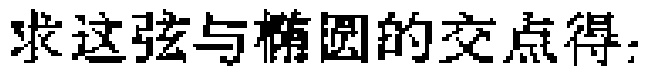
求这弦与椭圆的交点得：